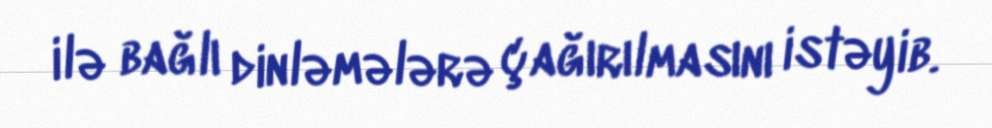
ilə bağlı dinləmələrə çağırılmasını istəyib.